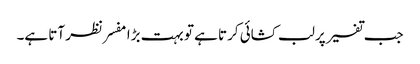
جب تفسیر پر لب کشائی کرتا ہے تو بہت بڑا مفسر نظر آتا ہے۔